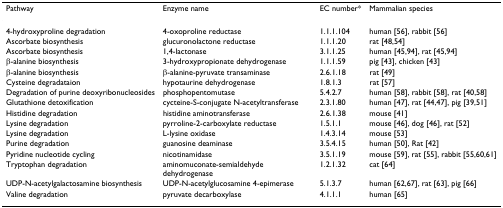
<table><thead><tr><td><b>Pathway</b></td><td><b>Enzyme name</b></td><td><b>EC number*</b></td><td><b>Mammalian species</b></td></tr></thead><tbody><tr><td>4-hydroxyproline degradation</td><td>4-oxoproline reductase</td><td>1.1.1.104</td><td>human [56], rabbit [56]</td></tr><tr><td>Ascorbate biosynthesis</td><td>glucuronolactone reductase</td><td>1.1.1.20</td><td>rat [48,54]</td></tr><tr><td>Ascorbate biosynthesis</td><td>1,4-lactonase</td><td>3.1.1.25</td><td>human [45,94], rat [45,94]</td></tr><tr><td>β-alanine biosynthesis</td><td>3-hydroxypropionate dehydrogenase</td><td>1.1.1.59</td><td>pig [43], chicken [43]</td></tr><tr><td>β-alanine biosynthesis</td><td>β-alanine-pyruvate transaminase</td><td>2.6.1.18</td><td>rat [49]</td></tr><tr><td>Cysteine degradataion</td><td>hypotaurine dehydrogenase</td><td>1.8.1.3</td><td>rat [57]</td></tr><tr><td>Degradation of purine deoxyribonucleosides</td><td>phosphopentomutase</td><td>5.4.2.7</td><td>human [58], rabbit [58], rat [40,58]</td></tr><tr><td>Glutathione detoxification</td><td>cycteine-S-conjugate N-acetyltransferase</td><td>2.3.1.80</td><td>human [47], rat [44,47], pig [39,51]</td></tr><tr><td>Histidine degradation</td><td>histidine aminotransferase</td><td>2.6.1.38</td><td>mouse [41]</td></tr><tr><td>Lysine degradation</td><td>pyrroline-2-carboxylate reductase</td><td>1.5.1.1</td><td>mouse [46], dog [46], rat [52]</td></tr><tr><td>Lysine degradation</td><td>L-lysine oxidase</td><td>1.4.3.14</td><td>mouse [53]</td></tr><tr><td>Purine degradation</td><td>guanosine deaminase</td><td>3.5.4.15</td><td>human [50], Rat [42]</td></tr><tr><td>Pyridine nucleotide cycling</td><td>nicotinamidase</td><td>3.5.1.19</td><td>mouse [59], rat [55], rabbit [55,60,61]</td></tr><tr><td>Tryptophan degradation</td><td>aminomuconate-semialdehyde dehydrogenase</td><td>1.2.1.32</td><td>cat [64]</td></tr><tr><td>UDP-N-acetylgalactosamine biosynthesis</td><td>UDP-N-acetylglucosamine 4-epimerase</td><td>5.1.3.7</td><td>human [62,67], rat [63], pig [66]</td></tr><tr><td>Valine degradation</td><td>pyruvate decarboxylase</td><td>4.1.1.1</td><td>human [65]</td></tr></tbody></table>